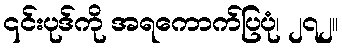
၎င်းပုဒ်ကို အရကောက်ပြပုံ၊ ၂၇၂။